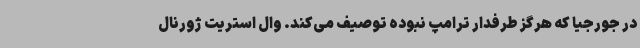
در جورجیا که هرگز طرفدار ترامپ نبوده توصیف می‌کند. وال استریت ژورنال